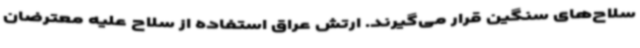
سلاح‌های سنگین قرار می‌گیرند. ارتش عراق استفاده از سلاح علیه معترضان